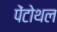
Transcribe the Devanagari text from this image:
पेंटोथल